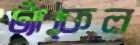
ট্যাকেল